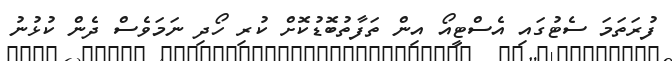
ފުރަތަމަ ސެޓުގައި އެސްޓީއޯ އިން ތަފާތުބޮޑުކޮށް ކުރި ހޯދި ނަމަވެސް ދެން ކުޅުނު